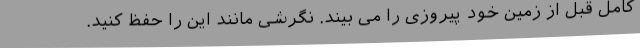
کامل قبل از زمین خود پیروزی را می بیند. نگرشی مانند این را حفظ کنید.